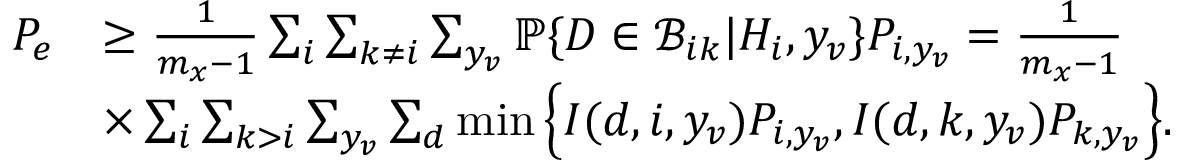
\begin{array} { r l } { P _ { e } } & { \geq \frac { 1 } { m _ { x } - 1 } \sum _ { i } \sum _ { k \neq i } \sum _ { y _ { v } } { \mathbb P } \{ D \in { \mathcal B } _ { i k } | H _ { i } , y _ { v } \} P _ { i , y _ { v } } = \frac { 1 } { m _ { x } - 1 } } \\ & { \times \sum _ { i } \sum _ { k > i } \sum _ { y _ { v } } \sum _ { d } \operatorname* { m i n } \Big \{ I ( d , i , y _ { v } ) P _ { i , y _ { v } } , I ( d , k , y _ { v } ) P _ { k , y _ { v } } \Big \} . } \end{array}